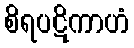
စိရပဋိကာဟံ